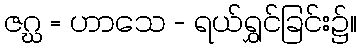
ဇဂ္ဃ = ဟာသေ - ရယ်ရွှင်ခြင်း၌။